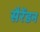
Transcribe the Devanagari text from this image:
सैरेंडन